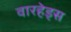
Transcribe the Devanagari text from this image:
वारहेड्स